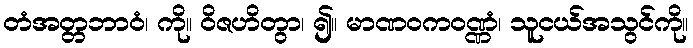
တံအတ္တဘာဝံ၊ ကို။ ဝိဇဟိတွာ၊ ၍။ မာဏဝကဝဏ္ဏံ၊ သူငယ်အသွင်ကို။